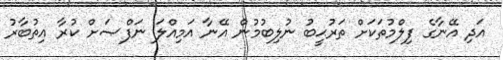
އަދި އޭނާގެ ފިލްމުތަކަށް ތަރުޙީބު ނުލިބުމުން އޭނާ އަމިއްލަ ނަފްޞަށް ކުރާ އިތުބާރު